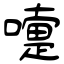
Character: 嚏